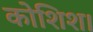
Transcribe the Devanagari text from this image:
कोशिश।